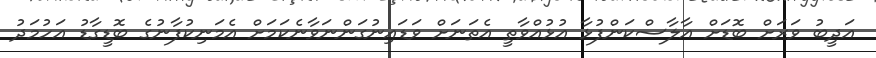
އަދީބު ވަރަށް ބޮޑަށް އާލާސްކަންފުޅާ އުޅުއްވާތީ އެތަނަށް ވަޑައިނުގަންނަވާނެކަމަށް އެމަނިކުފާނުގެ ބޮޑީގާޑު އަހުމަދު